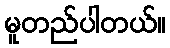
မူတည်ပါတယ်။